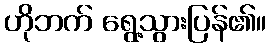
ဟိုဘက် ရွေ့သွားပြန်၏။